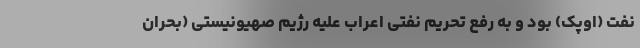
نفت (اوپک) بود و به رفع تحریم نفتی اعراب علیه رژیم صهیونیستی (بحران